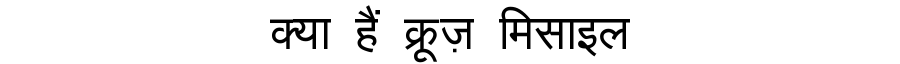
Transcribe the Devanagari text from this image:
क्या हैं क्रूज़ मिसाइल